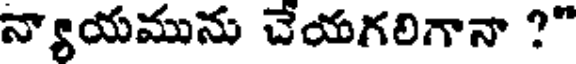
న్యాయమును చేయగలిగానా ?"